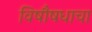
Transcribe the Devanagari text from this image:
विषौषधाचा